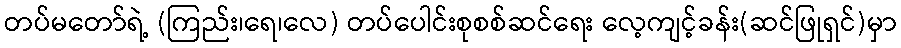
တပ်မတော်ရဲ့ (ကြည်း၊ရေ၊လေ) တပ်ပေါင်းစုစစ်ဆင်ရေး လေ့ကျင့်ခန်း(ဆင်ဖြုရှင်)မှာ